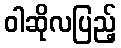
ဝါဆိုလပြည့်